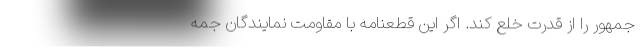
جمهور را از قدرت خلع کند. اگر این قطعنامه با مقاومت نمایندگان جمه